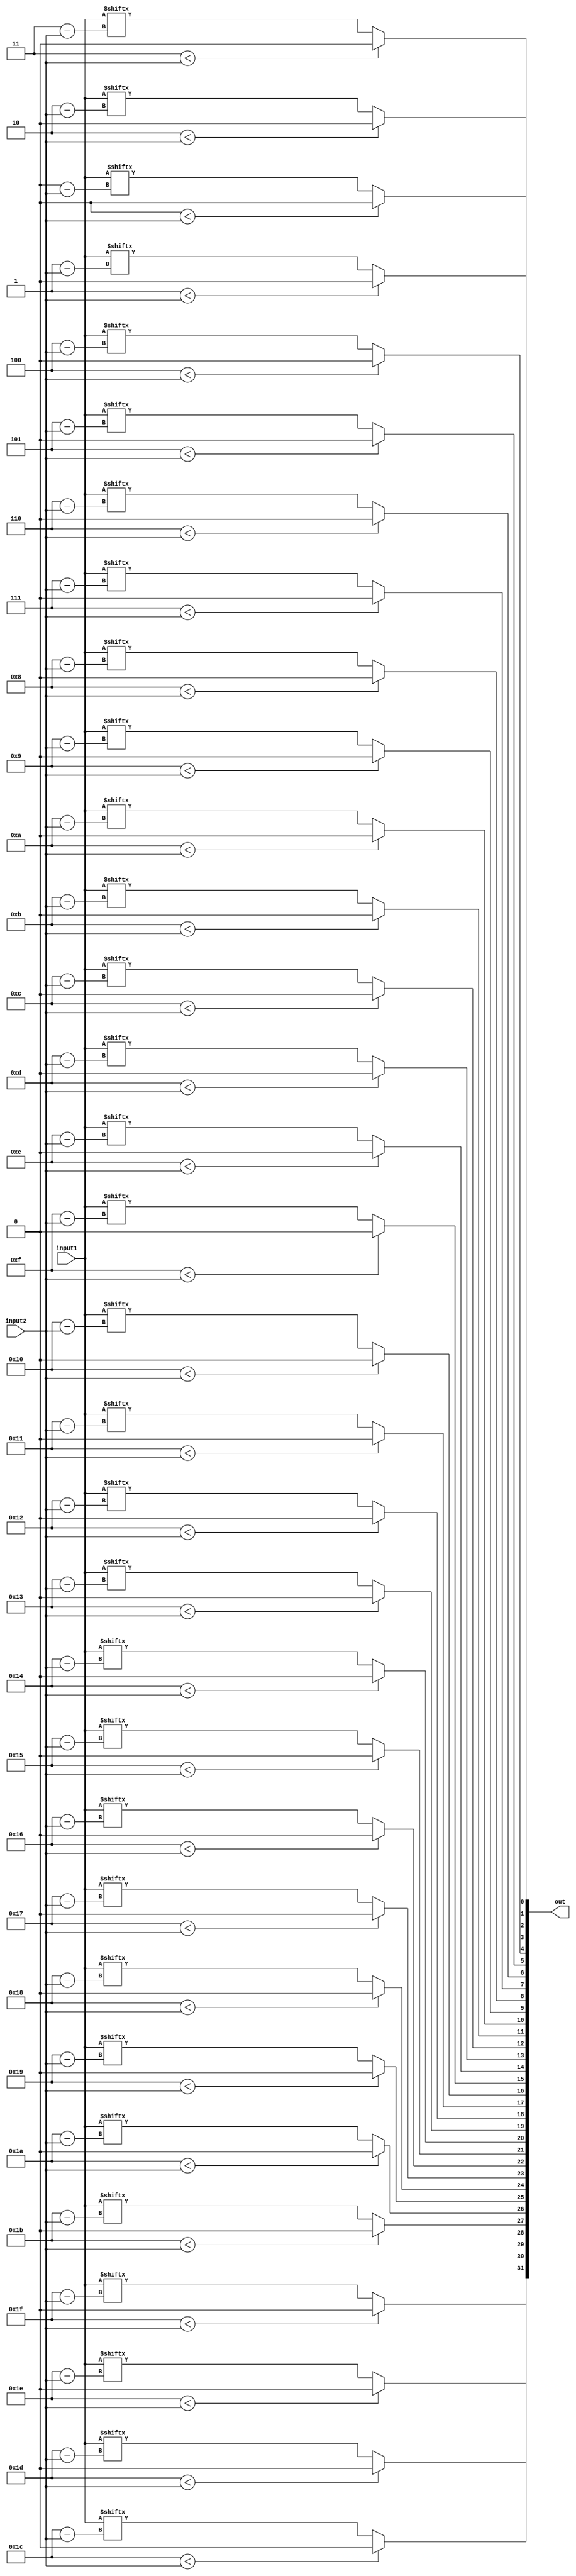
// This program was cloned from: https://github.com/Shiva9361/Simple_Processor
// License: MIT License

module left_shifter(input1,input2,out);
input [31:0] input1;
input [31:0] input2; 
output [31:0] out;
wire [31:0] shifted;

genvar i;
generate
    for (i = 0; i < 32; i = i + 1) begin
        assign shifted[i] = (i < input2) ? 0 : input1[i - input2];
    end
endgenerate

assign out = shifted;
endmodule

module right_shifter(input1,input2,out);
input [31:0] input1;
input [31:0] input2; 
output [31:0] out;
wire [31:0] shifted;

genvar i;
generate
    for (i = 0; i < 32; i = i + 1) begin
        assign shifted[i] = (i + input2 > 31) ? 0 : input1[i + input2];
    end
endgenerate

assign out = shifted;
endmodule

module right_shifter_arith(input1,input2,out);
input [31:0] input1;
input [31:0] input2; 
output [31:0] out;
wire [31:0] shifted;
assign sign = input1[31];

genvar i;
generate
    for (i = 0; i < 32; i = i + 1) begin
        assign shifted[i] = (i + input2 > 31) ? sign : input1[i + input2];
    end
endgenerate

assign out = shifted;
endmodule